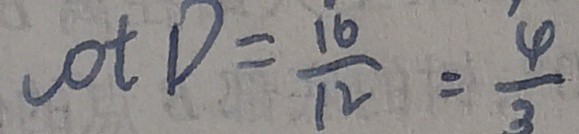
\cot D = \frac { 1 6 } { 1 2 } = \frac { 4 } { 3 }